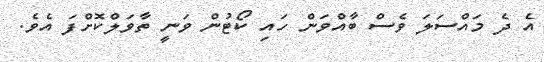
އެ ދެ މައްސަލަ ވެސް ބާއްވަން ހައި ކޯޓުން ވަނީ ތާވަލްކޮށްފަ އެވެ.